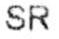
SR